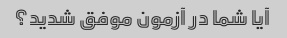
آیا شما در آزمون موفق شدید؟